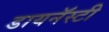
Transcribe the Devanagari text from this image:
डायनॅस्टी